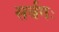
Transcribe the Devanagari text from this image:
सर्वगः